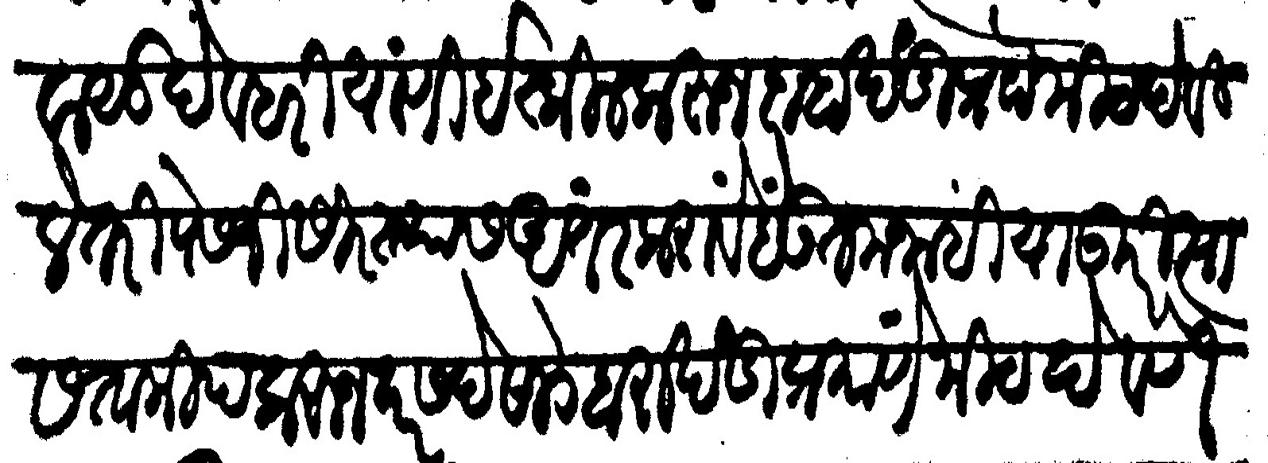
Transliteration (Devanagari): वासुदेव हरि यांणी इस्किल करून दाहा खंडी प्रो मीठ देविले तरी पेसजी सिरस्त्यास अंतर करावें हें उत्तम नाहीं या उपरि त्यास ताकीद करून दर सदे साडे बारा खंडीप्रमाणें मीठ देवणे